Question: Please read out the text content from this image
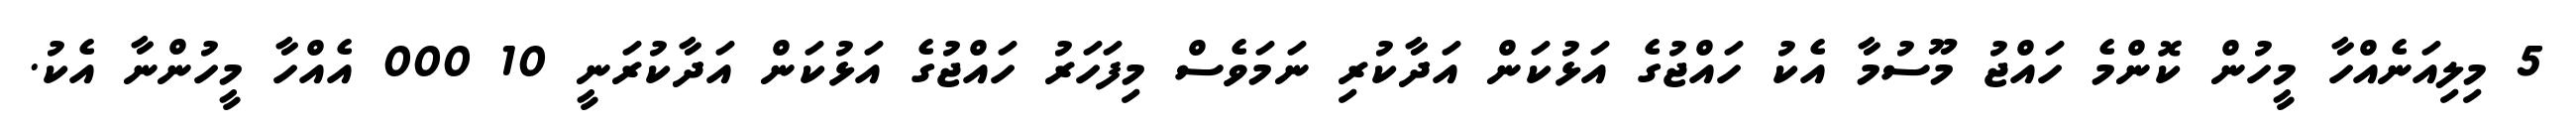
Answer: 5 މިލިއަނެއްހާ މީހުން ކޮންމެ ހައްޖު މޫސުމާ އެކު ހައްޖުގެ އަޅުކަން އަދާކުރި ނަމަވެސް މިފަހަރު ހައްޖުގެ އަޅުކަން އަދާކުރަނީ 10 000 އެއްހާ މީހުންނާ އެކު.